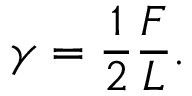
\gamma = { \frac { 1 } { 2 } } { \frac { F } { L } } .